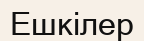
Ешкілер